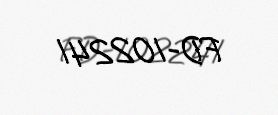
FD-102241